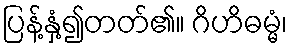
ပြန့်နှံ့၍တတ်၏။ ဂိဟိဓမ္မံ၊